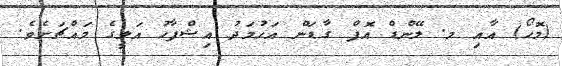
(މޮހޯ) އާއި މ. ލޭންޑް އޮފް ގާޑަން އަހުމަދު އިޝްފާހު އަލީގެ މައްޗަށެވެ.